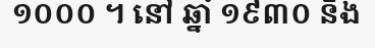
១០០០ ។ នៅ ឆ្នាំ ១៩៣០ និង